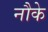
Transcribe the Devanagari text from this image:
नौके